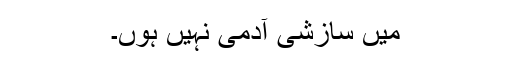
میں سازشی آدمی نہیں ہوں۔